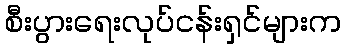
စီးပွားရေးလုပ်ငန်းရှင်များက